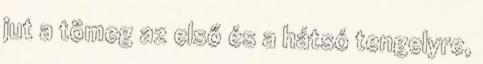
jut a tömeg az első és a hátsó tengelyre,